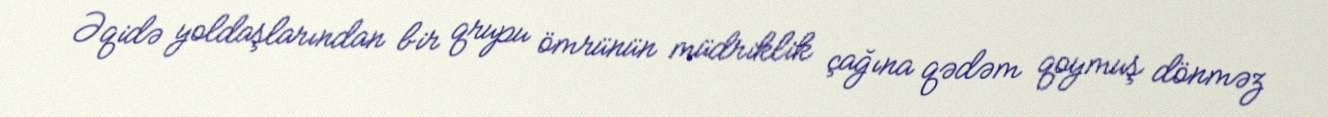
Əqidə yoldaşlarından bir qrupu ömrünün müdriklik çağına qədəm qoymuş dönməz